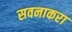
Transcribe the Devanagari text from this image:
सवनाकरा